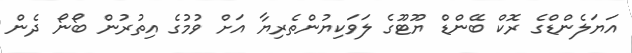
އަޔަލެންޑްގެ ރޮކް ބޭންޑް ޔޫޓޫގެ ލަވަކިޔުންތެރިޔާ އަށް ވުމުގެ އިތުރުން ބޯނޯ ދެން